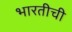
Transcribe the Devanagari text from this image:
भारतीची